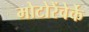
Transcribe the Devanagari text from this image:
मोटोरेंवेर्के